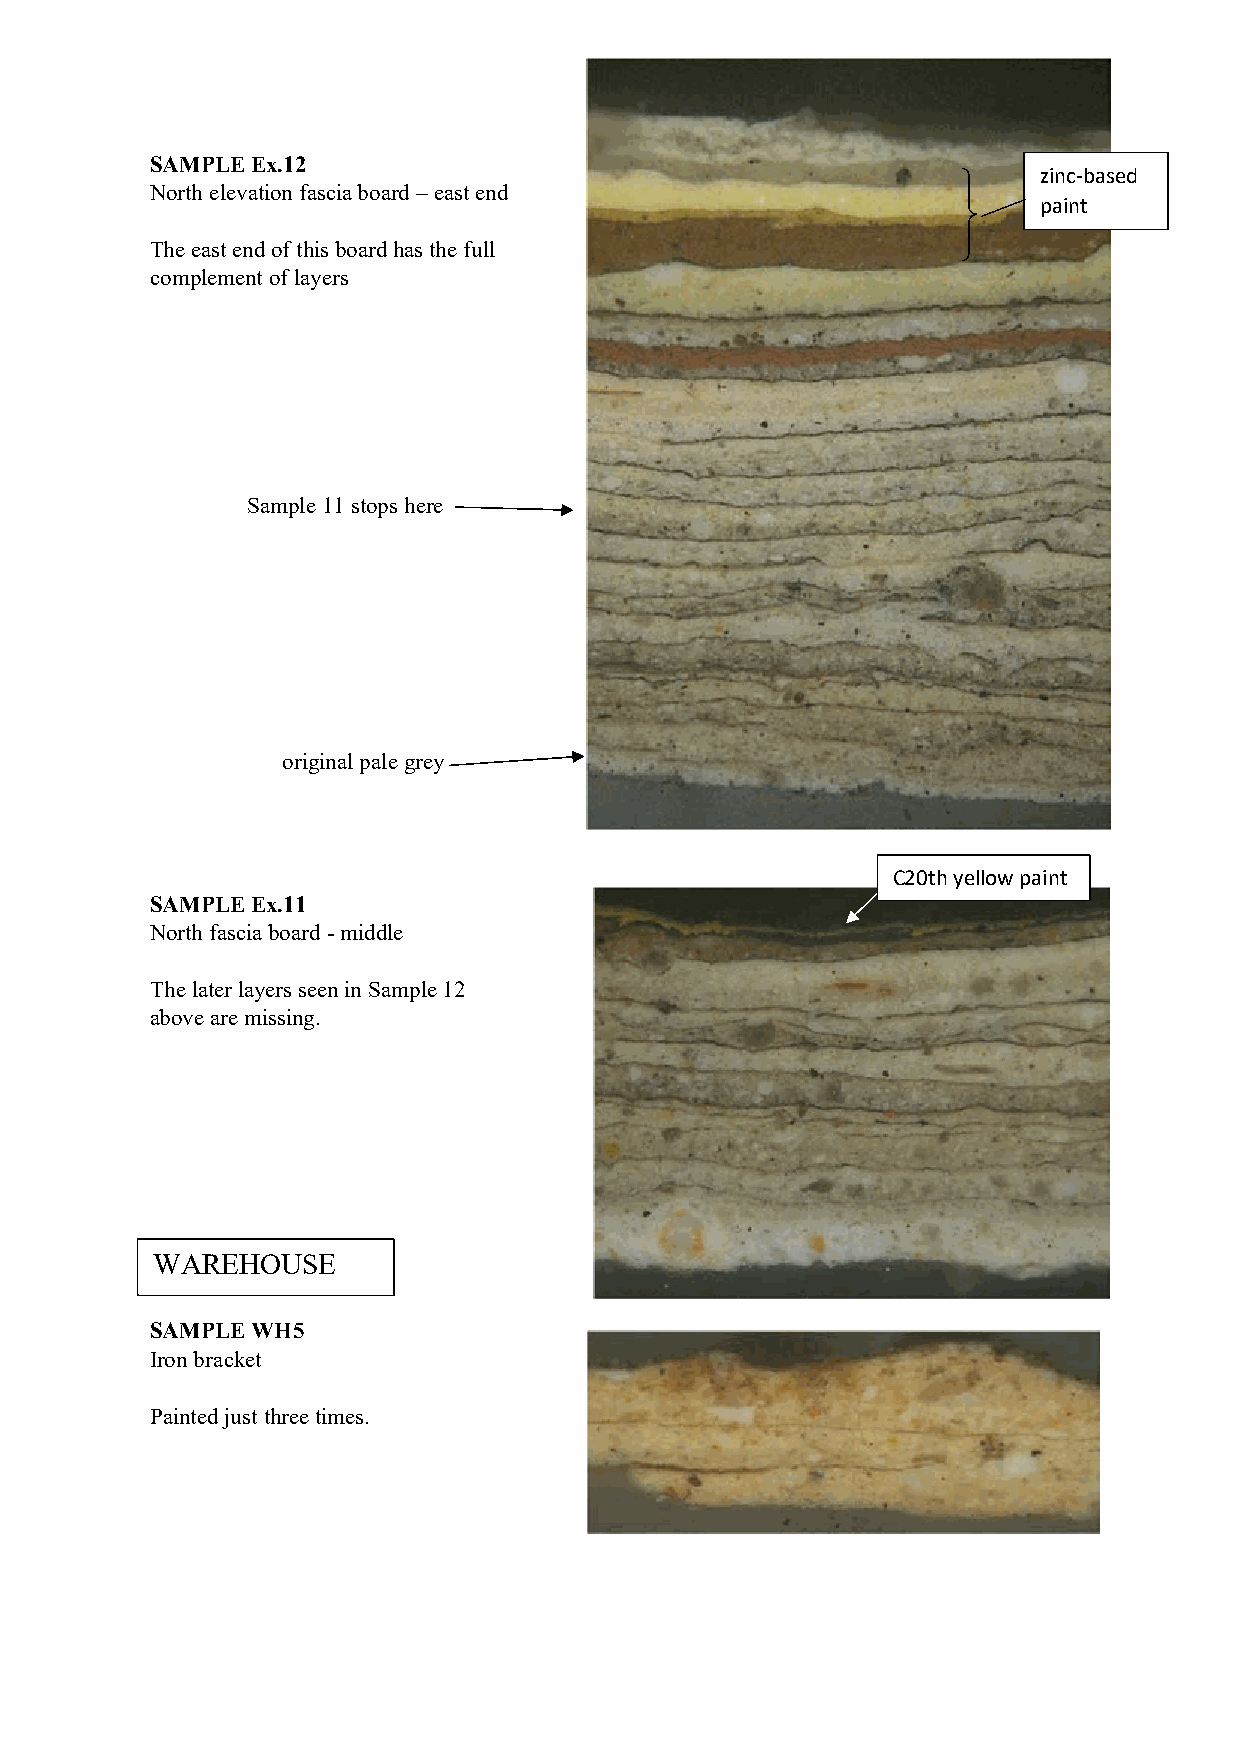
38
 SAMPLE Ex.12
 zinc-based
 North elevation fascia board – east end
 paint
 The east end of this board has the full
 complement of layers
 Sample 11 stops here
 original pale grey
 C20th yellow paint
 SAMPLE Ex.11
 North fascia board - middle
 The later layers seen in Sample 12
 above are missing.
 WAREHOUSE
 SAMPLE WH5
 Iron bracket
 Painted just three times.